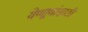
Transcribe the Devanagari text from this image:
येणार्‍यांसाठी